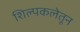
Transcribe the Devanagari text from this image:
शिल्पकलेतून